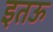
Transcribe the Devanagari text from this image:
इतऊ